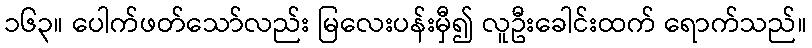
၁၆၃။ ပေါက်ဖတ်သော်လည်း မြလေးပန်းမှီ၍ လူဦးခေါင်းထက် ရောက်သည်။